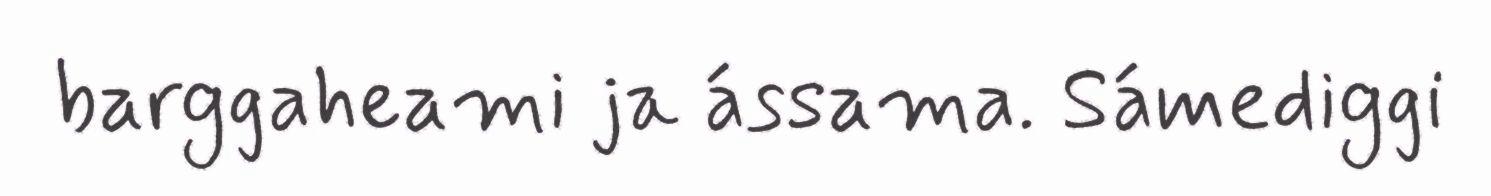
barggaheami ja ássama. Sámediggi